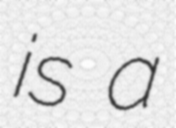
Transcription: is a